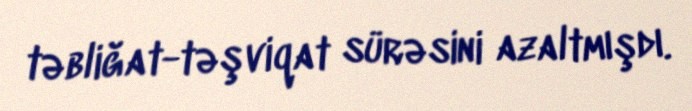
təbliğat-təşviqat sürəsini azaltmışdı.